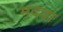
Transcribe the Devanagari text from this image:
मदवा